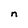
Character: n